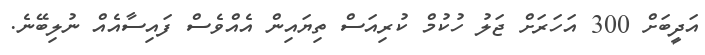
އަދީބަށް 300 އަހަރަށް ޖަލު ހުކުމް ކުރިއަސް ތިޔައިން އެއްވެސް ފައިސާއެއް ނުލިބޭނެ.